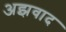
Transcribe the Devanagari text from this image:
अझवाद